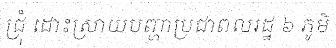
ជ្រុំ ដោះស្រាយបញ្ហាប្រជាពលរដ្ឋ ៦ ភូមិ